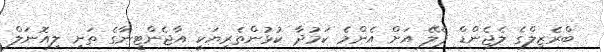
ބްރެޒިލްގެ ލެޖެންޑް ޕެލޭ އަށް އެންމެ ކަމުދާ ކުޅުންތެރިޔަކީ އާޖެންޓީނާގެ ތަށި ލިއޮނަލް